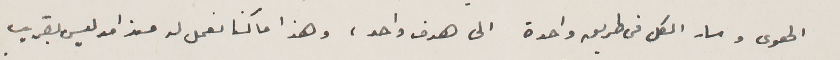
الهوى وسار الكل فى طريق واحدة الى هدف واحد، وهذا ما كنا نعمل له منذ امد ليس بقريب